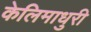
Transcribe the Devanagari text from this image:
केलिमाधुरी